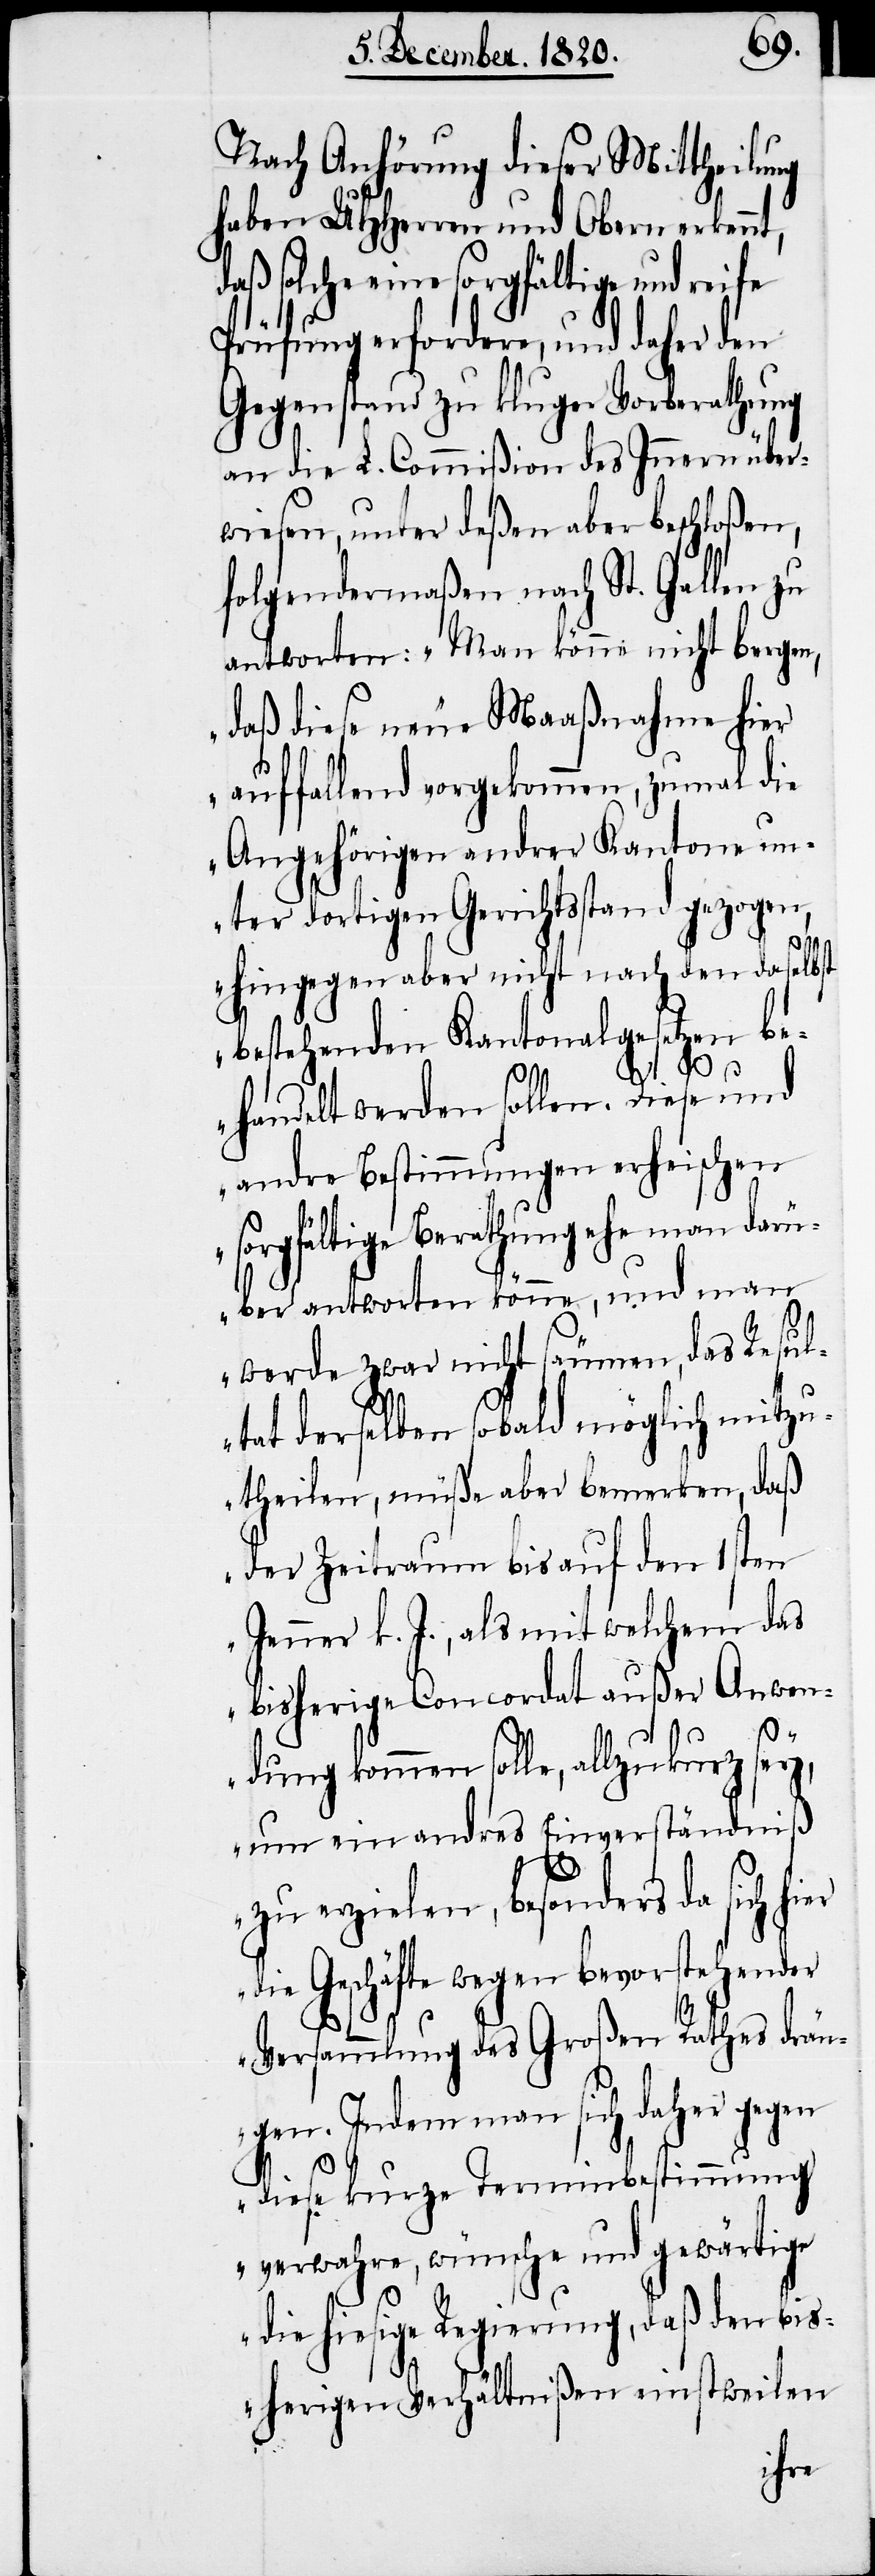
Nach Anhörung dieser Mittheilung
haben UHHerren und Obern erkennt,
daß solche eine sorgfältige und reife
Prüfung erfordere, und daher den
Gegenstand zu kluger Vorberathung
an die L. Commißion des Innern über¬
wiesen, unter deßen aber beschloßen,
folgendermaßen nach St. Gallen zu
antworten: „Man könne nicht bergen,
daß diese neue Maaßnahme hier
auffallend vorgekommen, zumal die
Angehörigen andrer Kantone un¬
ter dortigen Gerichtsstand gezogen,
d¬
hingegen aber nicht nach den daselbst
bestehenden Kantonalgesetzen be¬
handelt werden sollen. Diese und
andre Bestimmungen erheischen
orgfältige Berathung ehe man dar¬
über antworten könne, und man
werde zwar nicht säumen, das Resul¬
tat derselben sobald möglich mitzu¬
theilen, müße aber bemerken, daß
der Zeitraum bis auf den 1sten
Jenner k. J., als mit welchem das
bisherige Concordat außer Anwen¬
dung kommen solle, allzu kurz sey,
um ein andres Einverständniß
zu erzielen, besonders da sich hi¬
ie Geschäfte wegen bevorstehender
Versammlung des Großen Rathes drän¬
gen. Indem man sich daher gegen
diese kurze Terminbestimmung
verwahre, wünsche und gewärtige
die hiesige Regierung, daß den bis¬
herigen Verhältnißen einstweilen